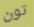
تون